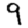
Digit: 9